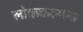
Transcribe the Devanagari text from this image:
लोककल्पना